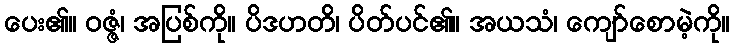
ပေး၏။ ဝဇ္ဇံ၊ အပြစ်ကို။ ပိဒဟတိ၊ ပိတ်ပင်၏။ အယသံ၊ ကျော်စောမဲ့ကို။